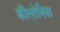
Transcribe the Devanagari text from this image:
कीलोनिया